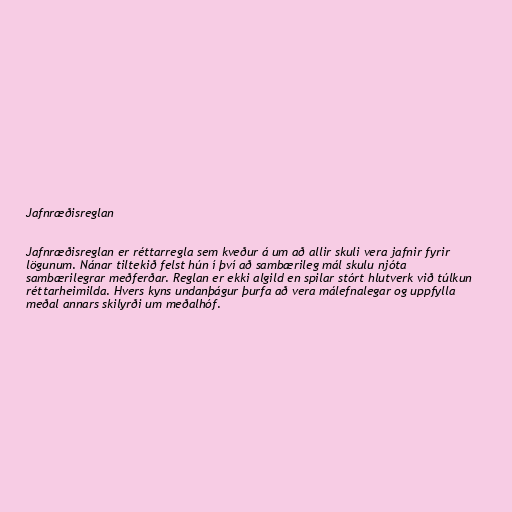
Jafnræðisreglan

Jafnræðisreglan er réttarregla sem kveður á um að allir skuli vera jafnir fyrir
lögunum. Nánar tiltekið felst hún í því að sambærileg mál skulu njóta
sambærilegrar meðferðar. Reglan er ekki algild en spilar stórt hlutverk við túlkun
réttarheimilda. Hvers kyns undanþágur þurfa að vera málefnalegar og uppfylla
meðal annars skilyrði um meðalhóf.